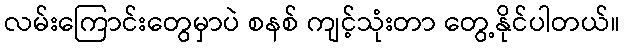
လမ်းကြောင်းတွေမှာပဲ စနစ် ကျင့်သုံးတာ တွေ့နိုင်ပါတယ်။